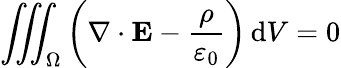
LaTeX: \iiint_{\Omega}\left(\nabla\cdot\mathbf{E}-{\frac{\rho}{\varepsilon_{0}}}\right)\, \mathrm{d}V=0